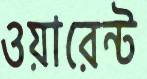
ওয়ারেন্ট